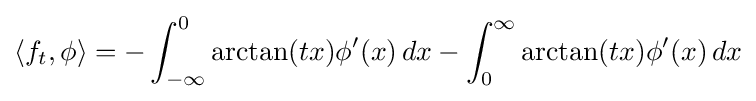
\langle f_{t},\phi \rangle =-\int _{-\infty }^{0}\arctan(tx)\phi '(x)\,dx-\int _{0}^{\infty }\arctan(tx)\phi '(x)\,dx